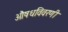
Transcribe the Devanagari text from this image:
औषधविवरणी